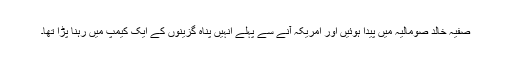
صفیہ خالد صومالیہ میں پیدا ہوئیں اور امریکہ آنے سے پہلے انہیں پناہ گزینوں کے ایک کیمپ میں رہنا پڑا تھا۔